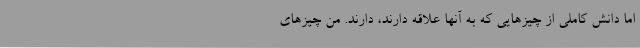
اما دانش کاملی از چیزهایی که به آنها علاقه دارند، دارند. من چیزهای